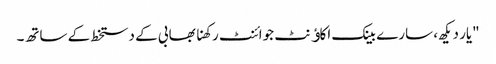
"یار دیکھ، سارے بینک اکاﺅنٹ جوائنٹ رکھنا بھابی کے دستخط کے ساتھ۔